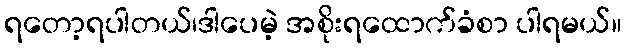
ရတော့ရပါတယ်၊ဒါပေမဲ့ အစိုးရထောက်ခံစာ ပါရမယ်။